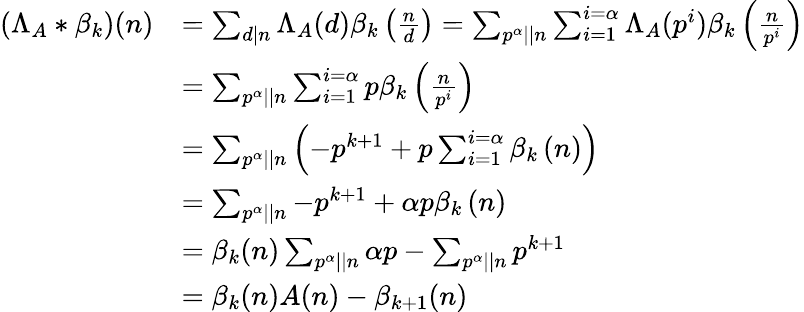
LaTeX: \begin{array}{rl}{\left(\Lambda_{A}\ast\beta_{k}\right)(n)}&{=\sum_{d\mid n}\Lambda_{A}(d)\beta_{k}\left(\frac{n}{d}\right)=\sum_{p^{\alpha}||n}\sum_{i=1}^{i=\alpha}\Lambda_{A}(p^{i})\beta_{k}\left(\frac{n}{p^{i}}\right)}\\ &{=\sum_{p^{\alpha}||n}\sum_{i=1}^{i=\alpha}p\beta_{k}\left(\frac{n}{p^{i}}\right)}\\ &{=\sum_{p^{\alpha}||n}\left(-p^{k+1}+p\sum_{i=1}^{i=\alpha}\beta_{k}\left(n\right)\right)}\\ &{=\sum_{p^{\alpha}||n}-p^{k+1}+\alpha p\beta_{k}\left(n\right)}\\ &{=\beta_{k}(n)\sum_{p^{\alpha}||n}\alpha p-\sum_{p^{\alpha}||n}p^{k+1}}\\ &{=\beta_{k}(n)A(n)-\beta_{k+1}(n)}\end{array}